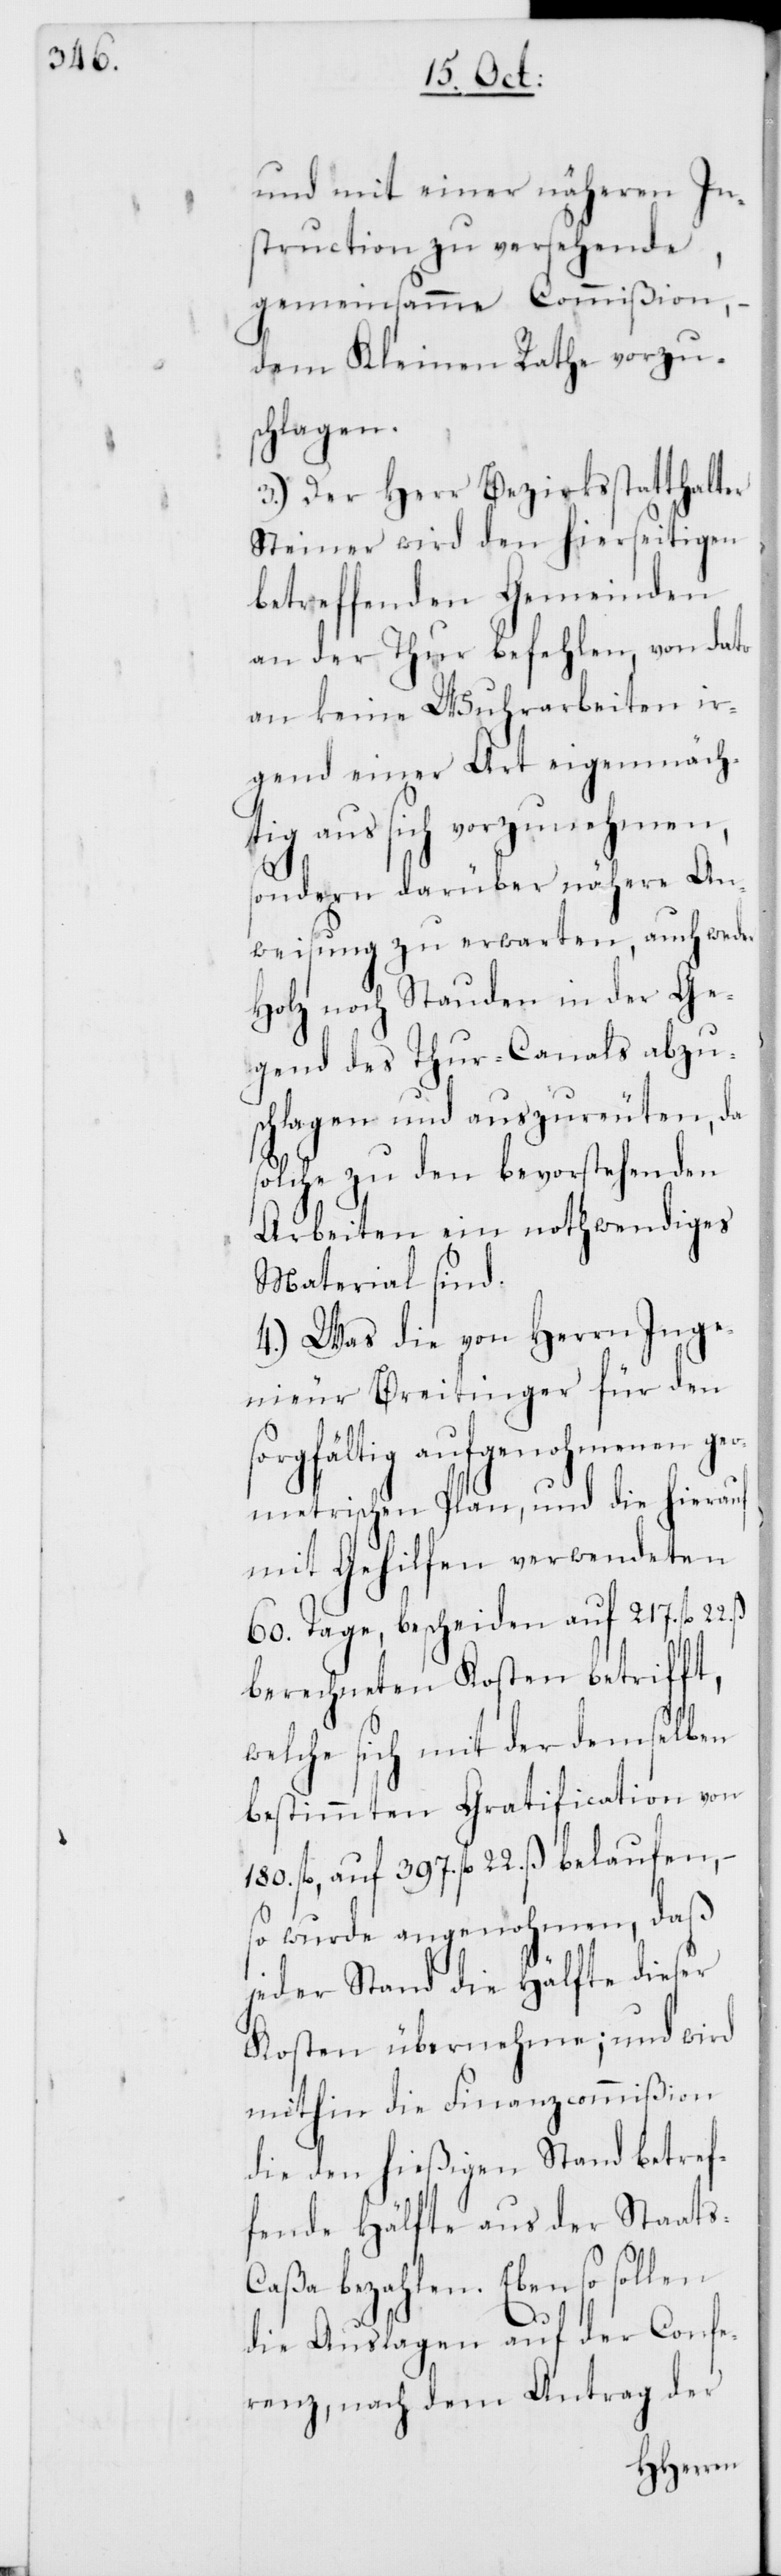
und mit einer näheren In¬
struction zu versehende
gemeinsame Commißion,
dem Kleinen Rathe vorzus¬
chlagen.
3.) Der Herr Bezirksstatthalter
Steiner wird den hierseitigen
betreffenden Gemeinden
an der Thur befehlen, von dato
an keine Wuhrarbeiten ir¬
gend einer Art eigenmäch¬
tig aus sich vorzunehmen,
sondern darüber nähere An¬
weisung zu erwarten, auch weder
Holz noch Stauden in der Ge¬
gend des Thur-Canals abzu¬
schlagen und auszureuten, da
solche zu den bevorstehenden
Arbeiten ein nothwendiges
Material sind.
4.) Was die von Herrn Inge¬
nieur Breitinger für den
sorgfältig aufgenohmenen
hierauf
metrischen Plan, und
mit Gehilfen verwendeten
60. Tage, bescheiden auf 217. fl.
berechneten Kosten betrifft,
welche sich mit der demselben
bestimmten Gratification von
180. fl., auf 397. fl. 22. ß belaufen,
so wurde angenohmen, daß
jeder Stand in Hälfte dieser
Kosten übernehme; und wird
mithin die Finanzcommißion
die den hießigen Stand betref¬
fende Hälfte aus der Staat¬
aßa bezahlen. Eben so sollen
s-C¬
die Auslagen auf der Confe¬
renz, nach dem Antrag der